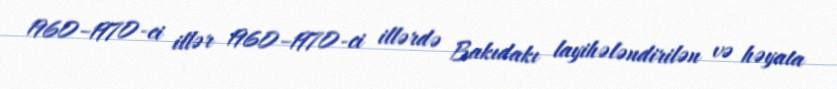
1960–1970-ci illər 1960–1970-ci illərdə Bakıdakı layihələndirilən və həyata